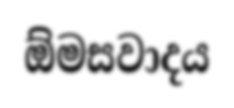
ඕමසවාදය